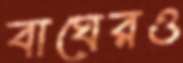
বাঘেরও